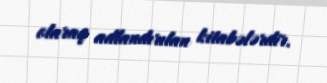
olaraq adlandırılan kitabələrdir.